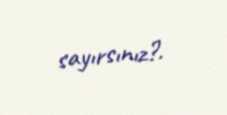
sayırsınız?.